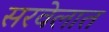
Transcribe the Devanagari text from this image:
सरवेलात